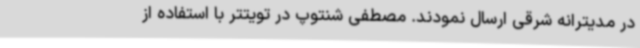
در مدیترانه شرقی ارسال نمودند. مصطفی شنتوپ در تویتتر با استفاده از